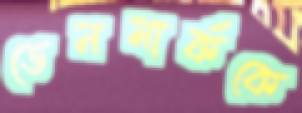
ডেনমার্ককে